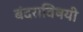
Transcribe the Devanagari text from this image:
बंदराविषयी